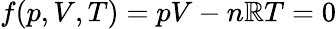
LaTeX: f(p,V,T)=pV-n\mathbb{R}T=0